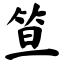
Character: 笪